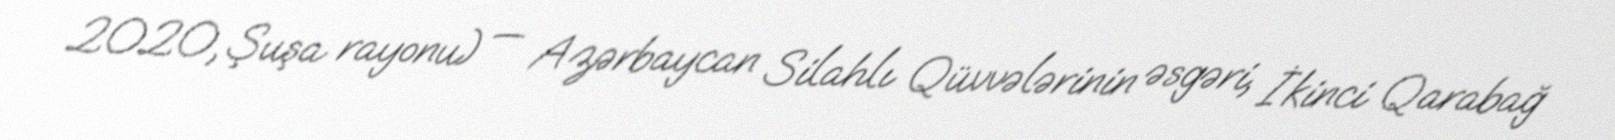
2020, Şuşa rayonu) — Azərbaycan Silahlı Qüvvələrinin əsgəri, İkinci Qarabağ